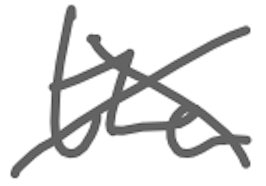
Text: the
Cross-out: cross
Writing tool: digital_gray